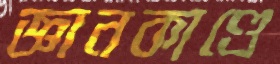
জ্ঞানকাণ্ডে